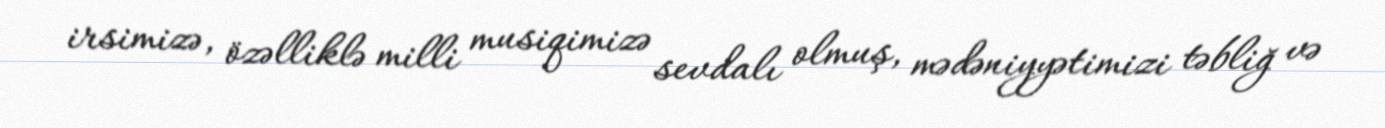
irsimizə, özəlliklə milli musiqimizə sevdalı olmuş, mədəniyyətimizi təbliğ və